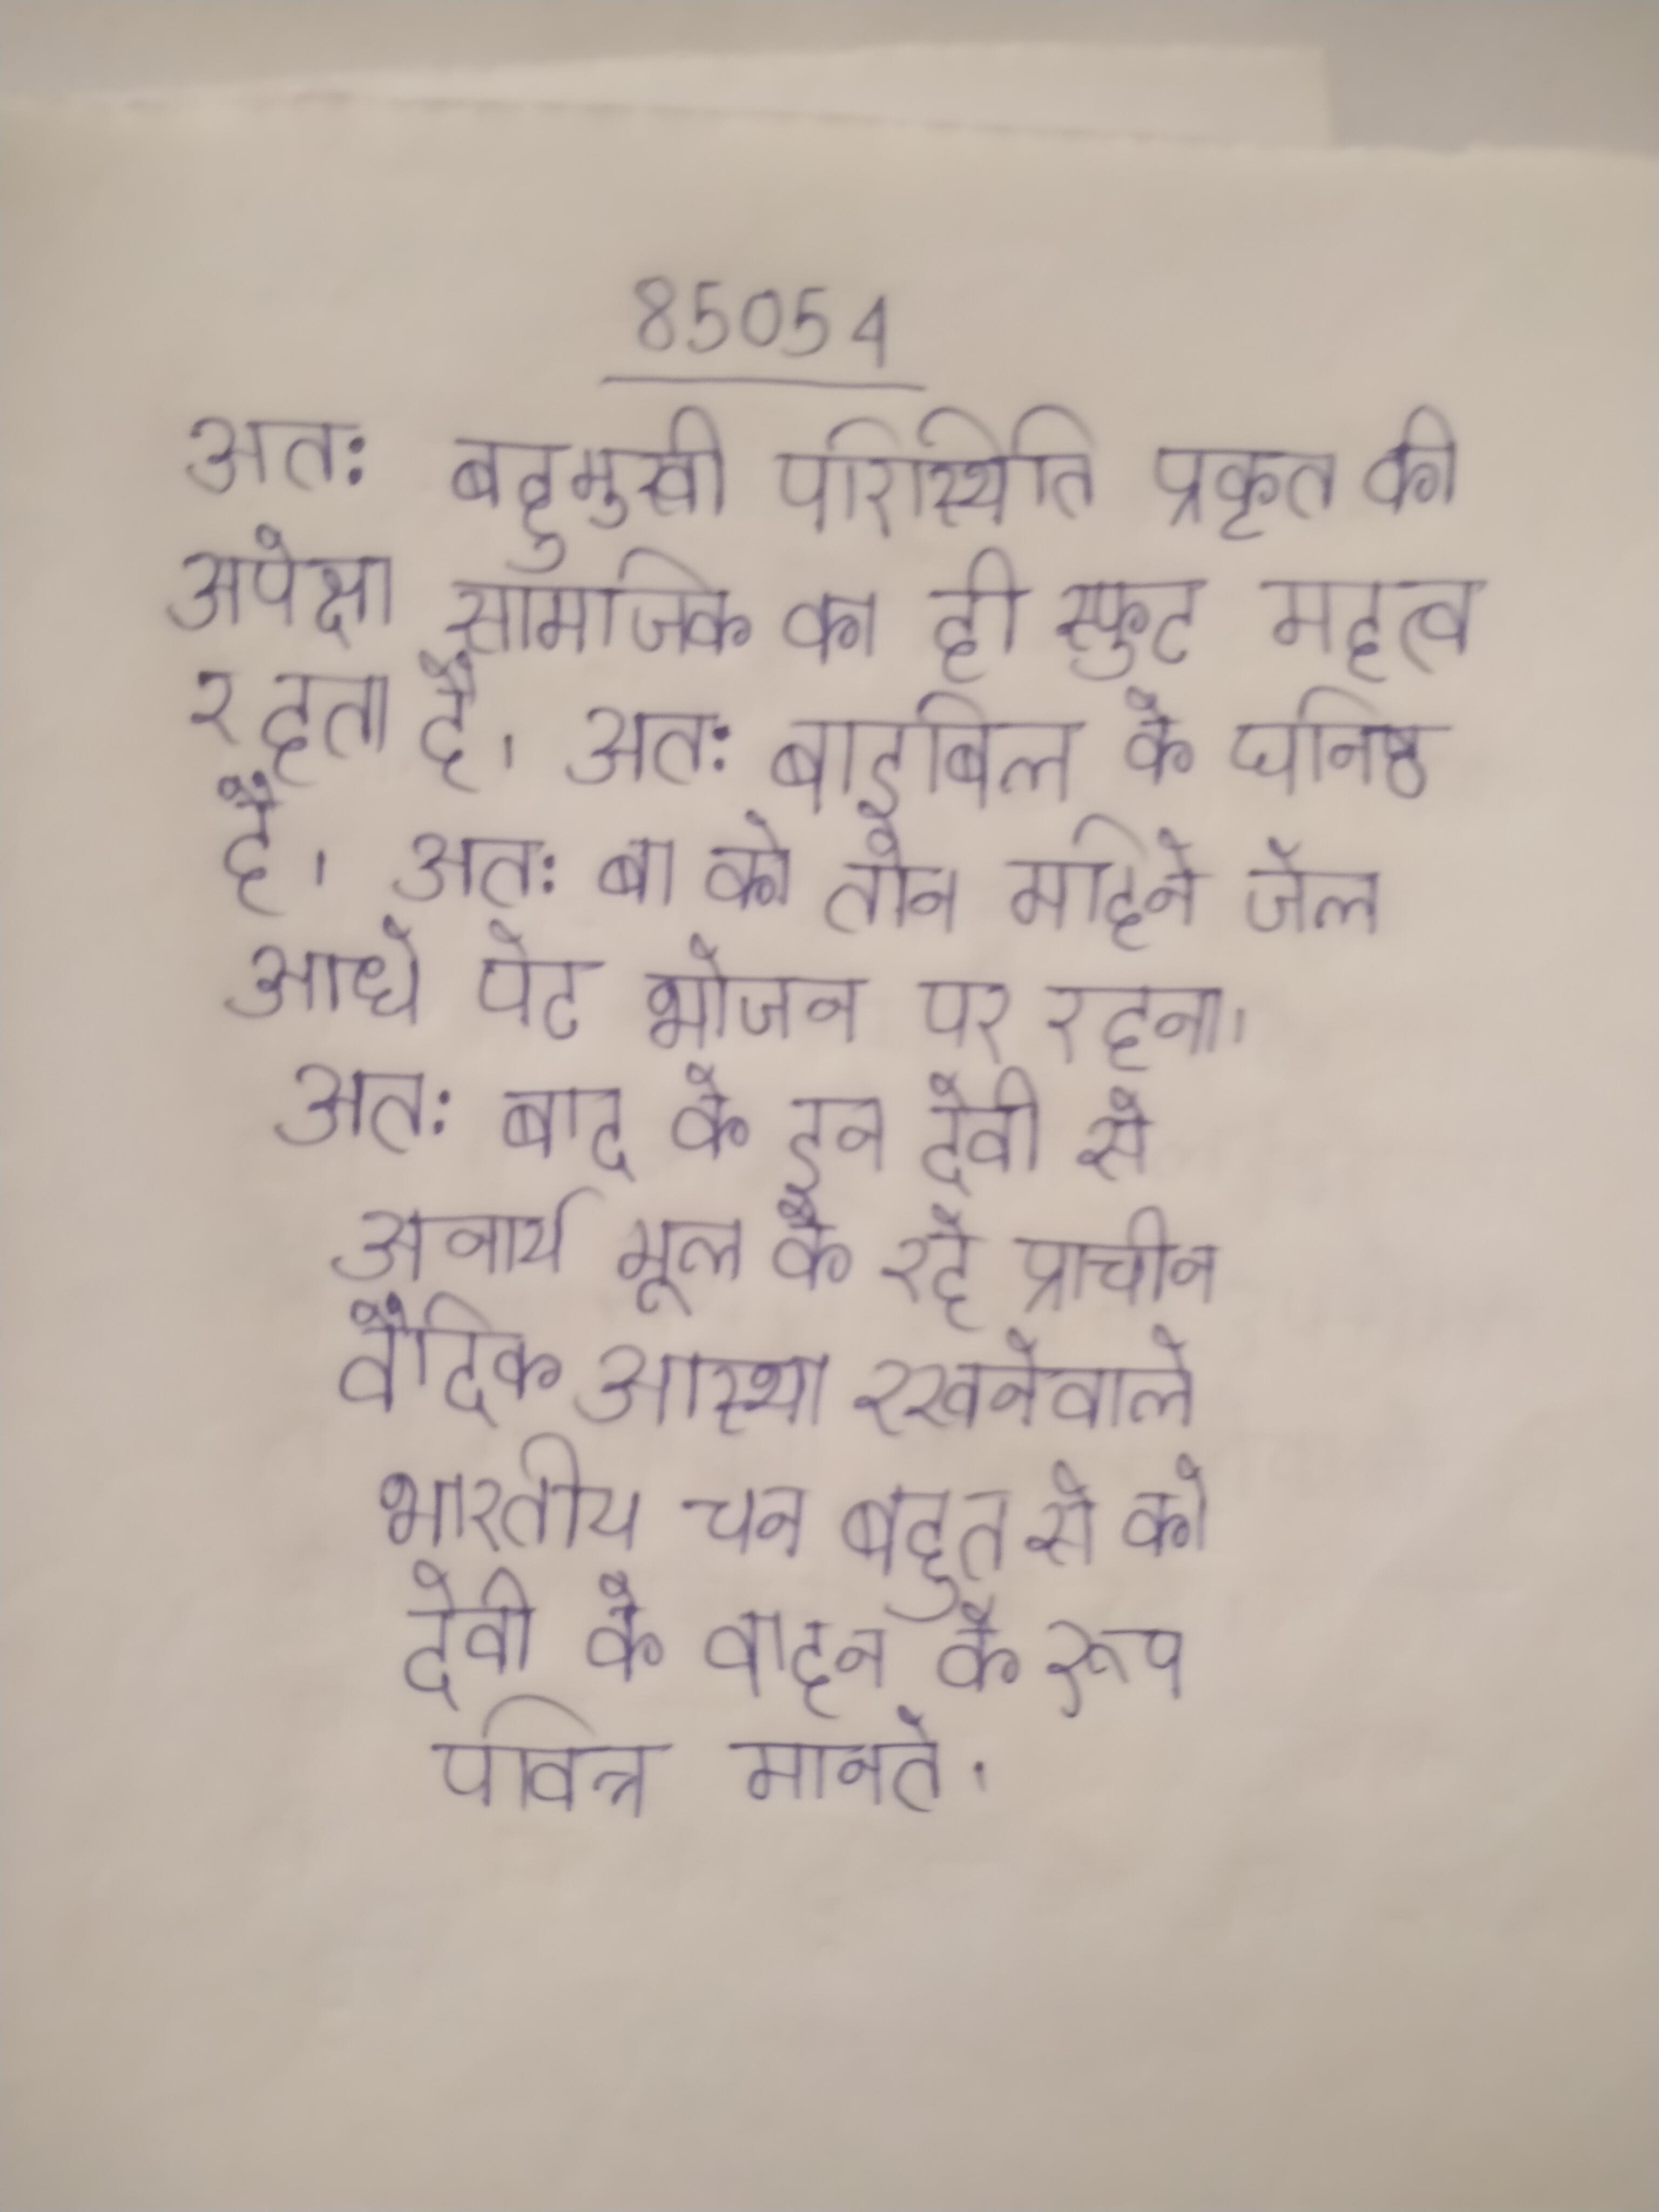
अत: बहुमुखी परिस्थिति प्रकृत की अपेक्षा सामाजिक का ही स्फुट महत्व रहता है । अत: बाइबिल के घनिष्ठ है । अत: बा को तीन महीने जेल आधे पेट भोजन पर रहना । अत: बाद के इन देवी से अनार्य मूल के रहे प्राचीन वैदिक आस्था रखनेवाले भारतीय जन बहुत से को देवी के वाहन के रूप पवित्र मानते ।